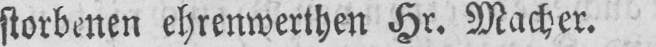
storbenen ehrenwerthen Hr. Macher.